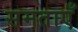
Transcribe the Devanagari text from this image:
समताएँ